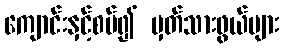
ကျောင်းနှင့်စပ်၍ မှတ်သားဖွယ်များ